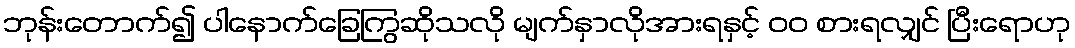
ဘုန်းတောက်၍ ပါနောက်ခြေကြွဆိုသလို မျက်နှာလိုအားရနှင့် ၀၀ စားရလျှင် ပြီးရောဟု